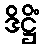
ဒိဋ္ဌိံ